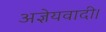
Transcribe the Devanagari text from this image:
अज्ञेयवादी।